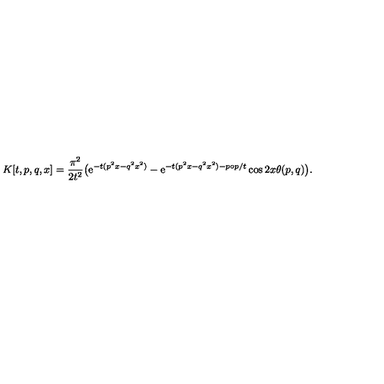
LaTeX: K [ t , p , q , x ] = \frac { \pi ^ { 2 } } { 2 t ^ { 2 } } \big ( \mathrm { e } ^ { - t ( p ^ { 2 } x - q ^ { 2 } x ^ { 2 } ) } - \mathrm { e } ^ { - t ( p ^ { 2 } x - q ^ { 2 } x ^ { 2 } ) - p \circ p / t } \cos 2 x \theta ( p , q ) \big ) .